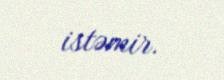
istəmir.